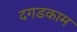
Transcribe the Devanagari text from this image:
दगडकाम